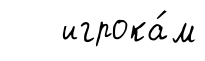
игрока́м